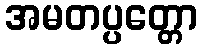
အမတပ္ပတ္တော